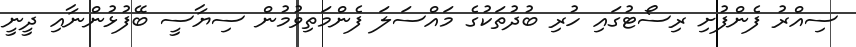
ސިއްރު ފެންފުށި ރިސޯޓުގައި ހުރި ބުދުތަކުގެ މައްސަލަ ފެންމަތިވުމުން ސިޔާސީ ބޭފުޅުންނާއި ދީނީ